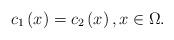
LaTeX: \begin{align*}c_{1}\left( x\right) =c_{2}\left( x\right) ,x\in \Omega . \end{align*}